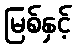
မြစ်နှင့်